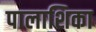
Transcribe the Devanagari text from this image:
पालाशिका